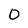
Character: 0